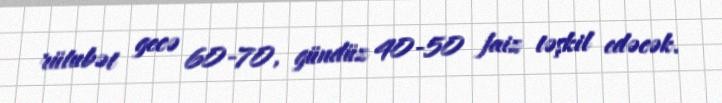
rütubət gecə 60-70, gündüz 40-50 faiz təşkil edəcək.